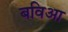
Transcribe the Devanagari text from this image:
बविआ